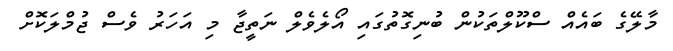
މާލޭގެ ބައެއް ސްކޫލްތަކުން ބުނިގޮތުގައި އޯލެވެލް ނަތީޖާ މި އަހަރު ވެސް ޖުމްލަކޮށް